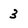
Character: 3